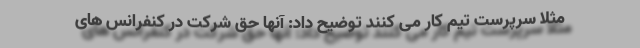
مثلا سرپرست تیم کار می کنند توضیح داد: آنها حق شرکت در کنفرانس های